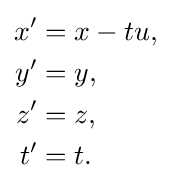
{\begin{aligned}x'&=x-tu,\\y'&=y,\\z'&=z,\\t'&=t.\end{aligned}}